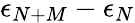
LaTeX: \epsilon_{N+M}-\epsilon_{N}